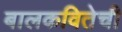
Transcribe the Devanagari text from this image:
बालकवितेची